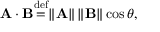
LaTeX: \mathbf { A } \cdot \mathbf { B } { \stackrel { \mathrm { d e f } } { = } } \| \mathbf { A } \| \, \| \mathbf { B } \| \cos \theta ,